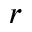
r